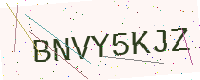
Text: BNVY5KJZ